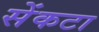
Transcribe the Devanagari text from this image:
सेंकटा